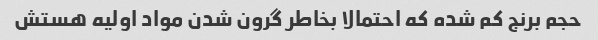
حجم برنج کم شده که احتمالا بخاطر گرون شدن مواد اولیه هستش